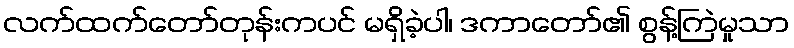
လက်ထက်တော်တုန်းကပင် မရှိခဲ့ပါ၊ ဒကာတော်၏ စွန့်ကြဲမှုသာ